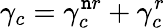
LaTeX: \gamma_{c}=\gamma_{c}^{\mathtt{n}r}+\gamma_{c}^{r}